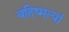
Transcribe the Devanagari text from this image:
बहिष्मत्यां